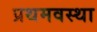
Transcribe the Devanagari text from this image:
प्रथमवस्था